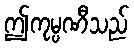
ဤကုမ္ပဏီသည်